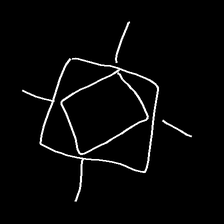
Glyph: light